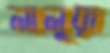
লালুয়া